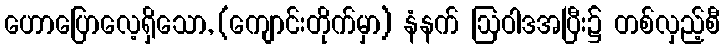
ဟောပြောလေ့ရှိသော, (ကျောင်းတိုက်မှာ) နံနက် ဩဝါဒအပြီး၌ တစ်လှည့်စီ